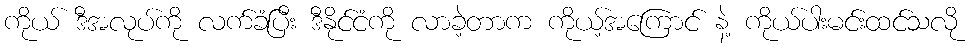
ကိုယ် ဒီအလုပ်ကို လက်ခံပြီး ဒီနိုင်ငံကို လာခဲ့တာက ကိုယ့်အကြောင် နဲ့ ကိုယ်ပါးမင်းထင်သလို